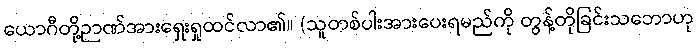
ယောဂီတို့ဉာဏ်အားရှေးရှုထင်လာ၏။ (သူတစ်ပါးအားပေးရမည်ကို တွန့်တိုခြင်းသဘောဟု